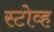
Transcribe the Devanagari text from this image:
स्टोव्ह